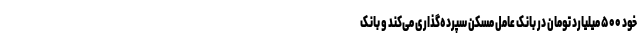
خود ۵۰۰ میلیارد تومان در بانک عامل مسکن سپرده‌گذاری می‌کند و بانک